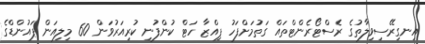
އިނގިރޭސިވިލާތުގެ ރެސްޓޯރެންޓްތައް ގަތުމަށްފަހު ޕިއްޒާ ހަޓް ކުންފުނި ކުރިއަރުވަން 60 މިލިއަން ޕައުންޑްގެ